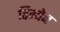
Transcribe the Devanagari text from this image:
विम्येन